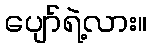
ပျော်ရဲ့လား။